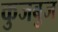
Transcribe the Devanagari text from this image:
कुजबुज